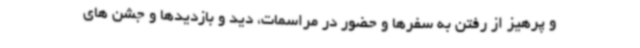
و پرهیز از رفتن به سفرها و حضور در مراسمات، دید و بازدیدها و جشن های